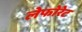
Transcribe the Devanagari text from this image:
लेफोरेट